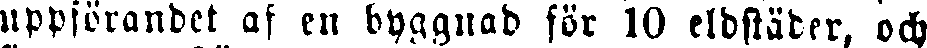
uppförandet af en byggnad för 10 eldstäder, och